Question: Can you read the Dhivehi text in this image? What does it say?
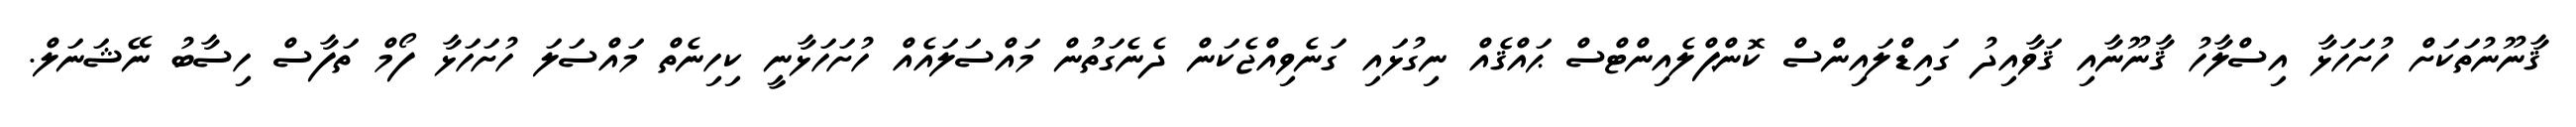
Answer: ޤާނޫނުތަކަށް ހުށަހަޅާ އިސްލާހު ޤާނޫނާއި ޤަވާއިދު ގައިޑްލައިންސް ކޮންޕްލެއިންޓްސް ޙައްޤެއް ނިގުޅައި ގަނެވިއްޖެކަން ދެނެގަތުން މައްސަލައެއް ހުށަހަޅާނީ ކިހިނެތް މައްސަލަ ހުށަހަޅާ ފޯމް ތަފާސް ހިސާބު ނޭޝަނަލް.